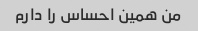
من همین احساس را دارم